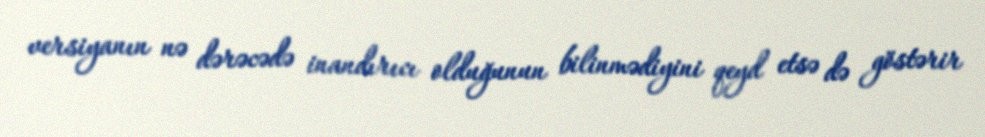
versiyanın nə dərəcədə inandırıcı olduğunun bilinmədiyini qeyd etsə də göstərir